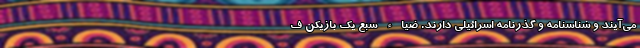
می‌آیند و شناسنامه و گذرنامه اسرائیلی دارند. ضیاء سبع یک بازیکن ف